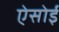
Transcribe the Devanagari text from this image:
ऐसोई